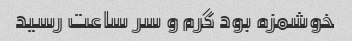
خوشمزه بود گرم و سر ساعت رسید